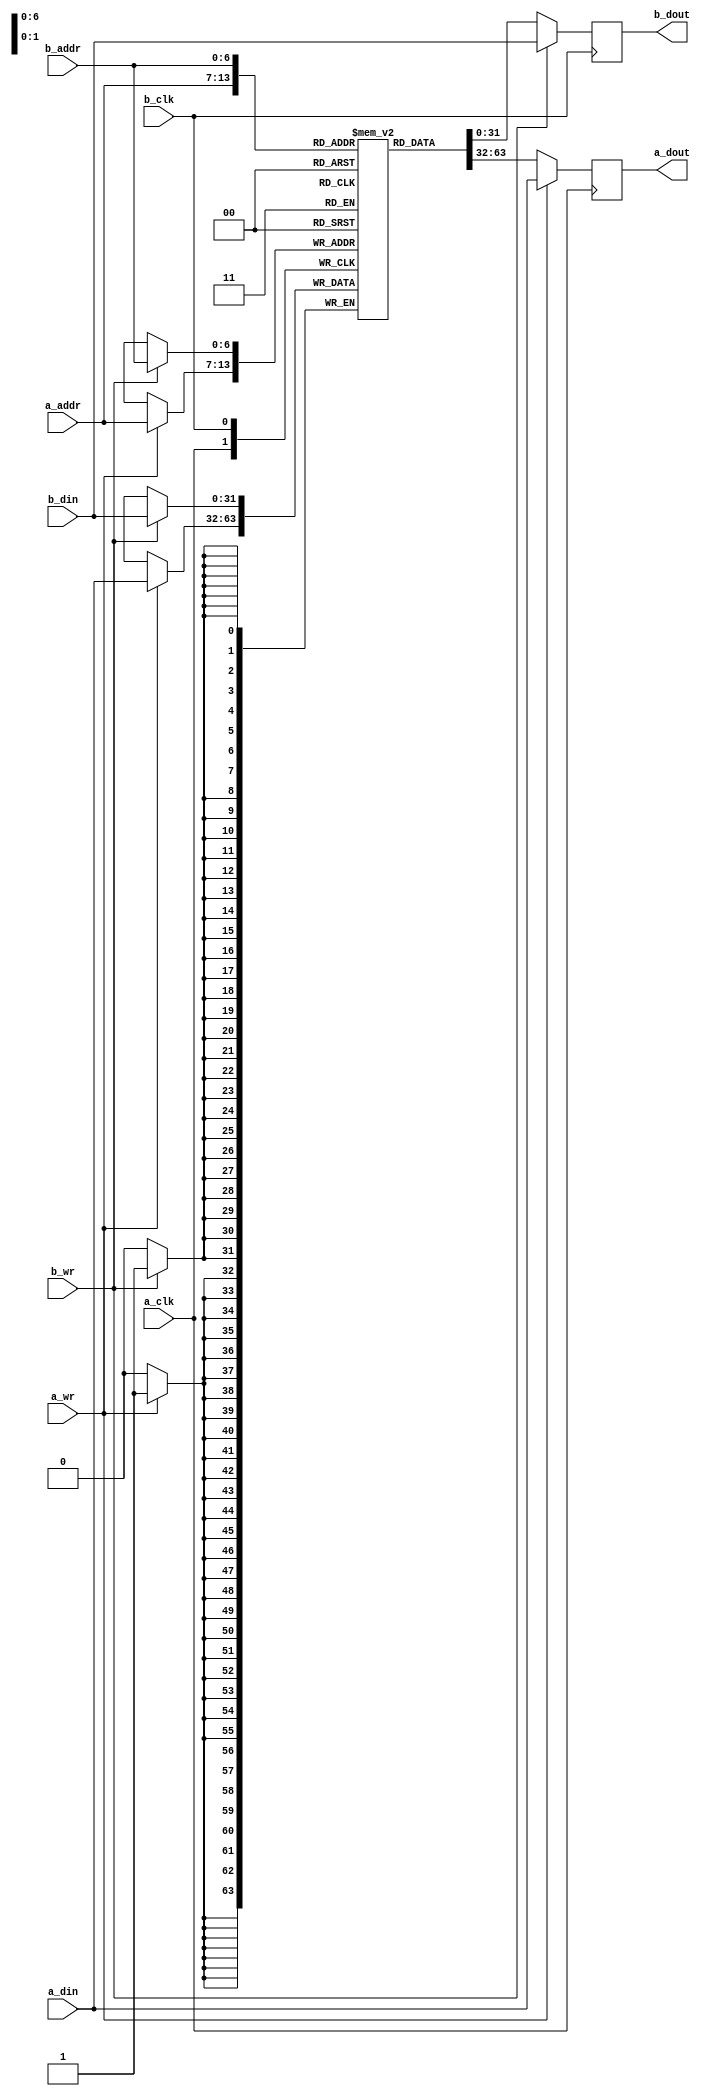
/*
   Copyright 2015, Google Inc.

   Licensed under the Apache License, Version 2.0 (the "License");
   you may not use this file except in compliance with the License.
   You may obtain a copy of the License at

       http://www.apache.org/licenses/LICENSE-2.0

   Unless required by applicable law or agreed to in writing, software
   distributed under the License is distributed on an "AS IS" BASIS,
   WITHOUT WARRANTIES OR CONDITIONS OF ANY KIND, either express or implied.
   See the License for the specific language governing permissions and
   limitations under the License.
*/
module sd_bram_block_dp #(
   parameter DATA = 32,
   parameter ADDR = 7
) (
   input  wire            a_clk,
   input  wire            a_wr,
   input  wire [ADDR-1:0] a_addr,
   input  wire [DATA-1:0] a_din,
   output reg  [DATA-1:0] a_dout,
 
   input  wire            b_clk,
   input  wire            b_wr,
   input  wire [ADDR-1:0] b_addr,
   input  wire [DATA-1:0] b_din,
   output reg  [DATA-1:0] b_dout
);

reg [DATA-1:0] mem [(2**ADDR)-1:0];
 
always @(posedge a_clk) begin
   if(a_wr) begin
      a_dout <= a_din;
      mem[a_addr] <= a_din;
   end else
      a_dout <= mem[a_addr];
end
 
always @(posedge b_clk) begin
   if(b_wr) begin
      b_dout <= b_din;
      mem[b_addr] <= b_din;
   end else
      b_dout <= mem[b_addr];
end

endmodule